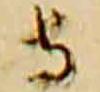
寺